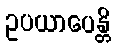
ဥပယာပေန္တိ